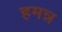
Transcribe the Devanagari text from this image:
हमन्न